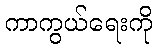
ကာကွယ်ရေးကို